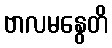
ဗာလမနွေတိ